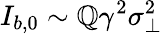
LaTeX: I_{b,0}\sim\mathbb{Q}\gamma^{2}\sigma_{\perp}^{2}